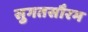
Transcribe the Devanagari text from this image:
सुगतसौरभ